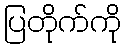
ပြတိုက်ကို